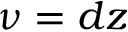
\nu = d z